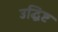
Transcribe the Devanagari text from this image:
उद्धिष्ट